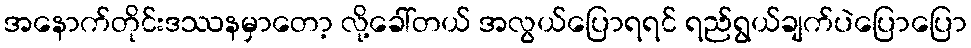
အနောက်တိုင်းဒဿနမှာတော့ လို့ခေါ်တယ် အလွယ်ပြောရရင် ရည်ရွယ်ချက်ပဲပြောပြော